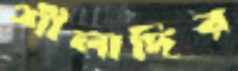
শীলাদির